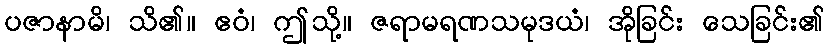
ပဇာနာမိ၊ သိ၏။ ဧဝံ၊ ဤသို့။ ဇရာမရဏသမုဒယံ၊ အိုခြင်း သေခြင်း၏